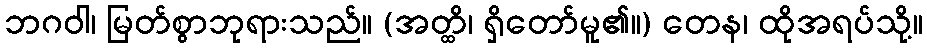
ဘဂဝါ၊ မြတ်စွာဘုရားသည်။ (အတ္ထိ၊ ရှိတော်မူ၏။) တေန၊ ထိုအရပ်သို့။